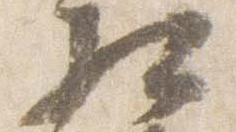
相